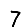
Digit: 7